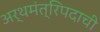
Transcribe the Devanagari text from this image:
अर्थमंत्रिपदाची